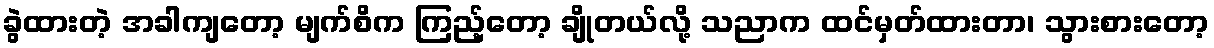
ခွဲထားတဲ့ အခါကျတော့ မျက်စိက ကြည့်တော့ ချိုတယ်လို့ သညာက ထင်မှတ်ထားတာ၊ သွားစားတော့